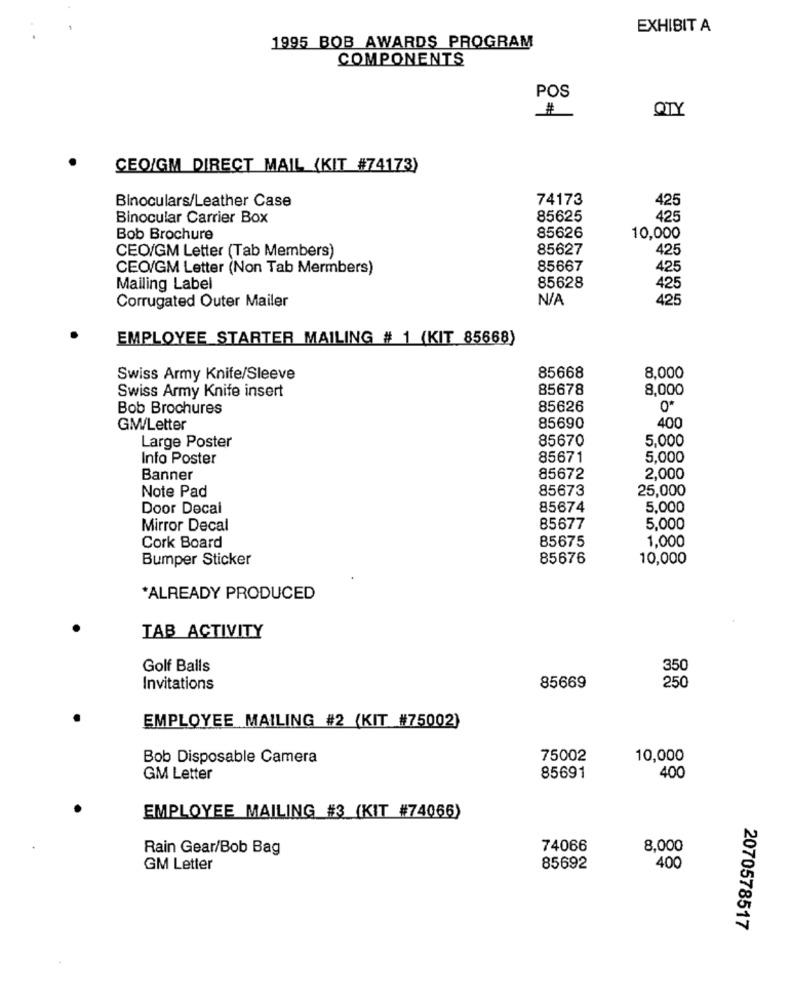
EXHIBIT A
1995 BOB AWARDS PROGRAM
COMPONENTS
POS
QTY
CEO/GM DIRECT MAIL (KIT #74173)
74173
Binoculars/Leather Case
Binocular Carrier Box
85625
Bob Brochure
85626
10,000
CEO/GM Letter (Tab Members)
85627
425
CEO/GM Letter (Non Tab Mermbers)
85667
425
Mailing Label
85628
425
425
Corrugated Outer Mailer
EMPLOYEE STARTER MAILING # 1 (KIT 85668)
Swiss Army Knife/Sleeve
85668
8,000
85678
8,000
Swiss Army Knife insert
Bob Brochures
85626
0*
GM/Letter
85690
400
85670
5,000
Large Poster
Info Poster
85671
5,000
Banner
85672
2,000
85673
25,000
Note Pad
Door Decal
85674
5,000
Mirror Decal
85677
5,000
85675
1,000
Cork Board
Bumper Sticker
85676
10,000
*ALREADY PRODUCED
TAB ACTIVITY
Golf Balls
350
Invitations
85669
250
EMPLOYEE MAILING #2 (KIT #75002)
Bob Disposable Camera
75002
10,000
GM Letter
85691
400
EMPLOYEE MAILING #3 (KIT #74066)
Rain Gear/Bob Bag
74066
8,000
GM Letter
85692
400
2070578517